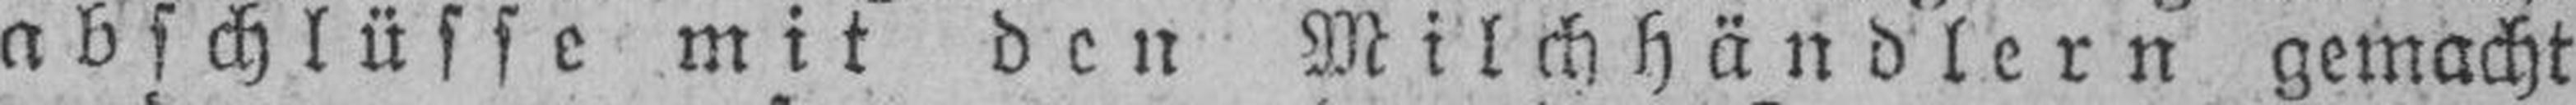
abschlüsse mit den Milchhändlern gemacht